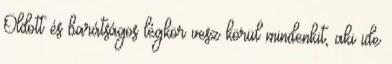
Oldott és barátságos légkör vesz körül mindenkit, aki ide